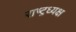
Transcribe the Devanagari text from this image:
राष्ट्रध्यक्ष